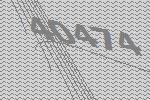
40474